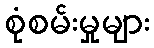
စုံစမ်းမှုများ